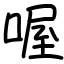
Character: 喔